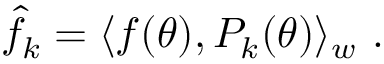
\hat { f } _ { k } = \langle f \mathopen { } \mathclose \bgroup \left( \theta \aftergroup \egroup \right) , P _ { k } \mathopen { } \mathclose \bgroup \left( \theta \aftergroup \egroup \right) \rangle _ { w } ~ .